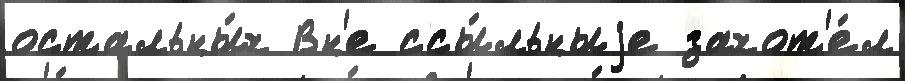
остальны́х Вн'е ссы́льныjе захот'е́л